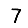
Digit: 7